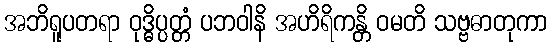
အဘိရူပတရာ ဝုဒ္ဓိပ္ပတ္တံ ပဘဝါနိ အဟိရိကန္တိ ဝမတိ သဗ္ဗဓာတုကာ